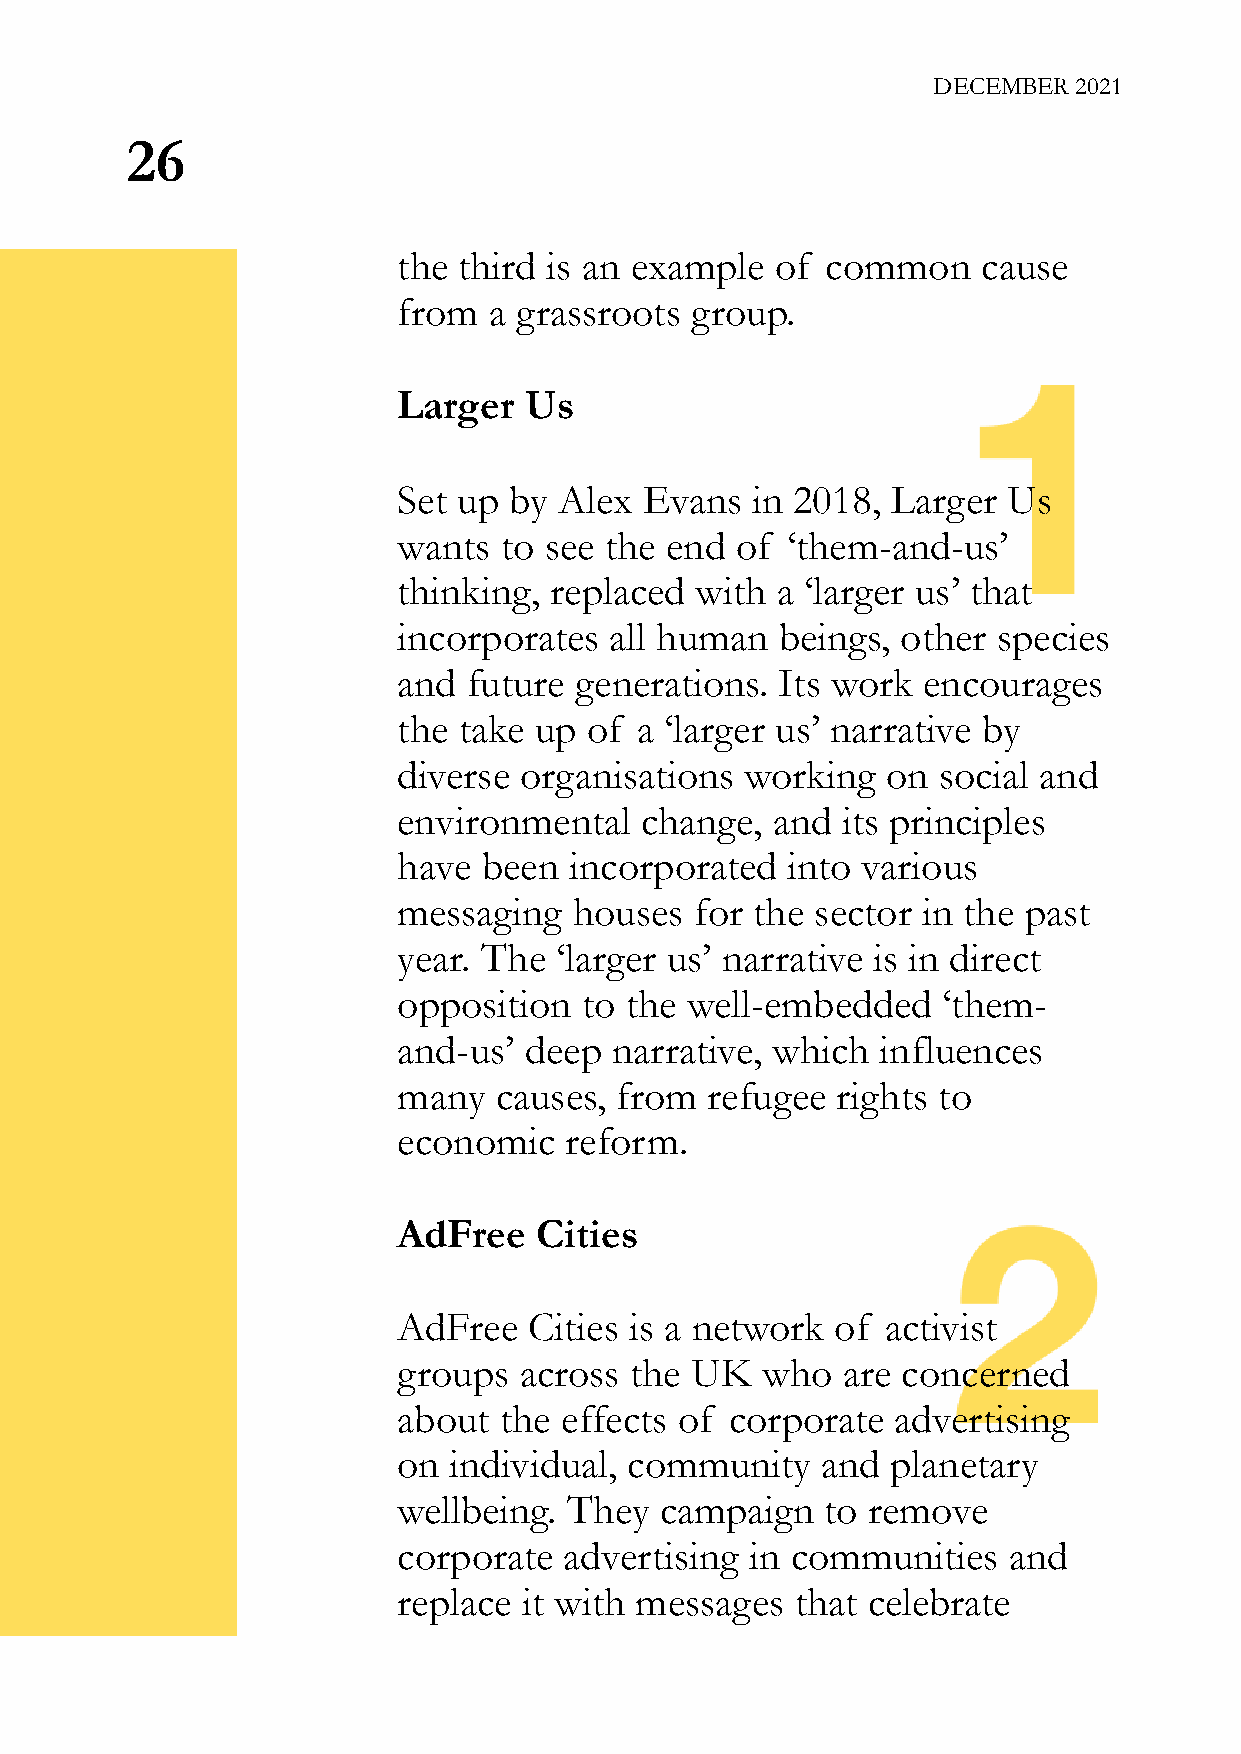
DECEMBER 2021
 26
 the third is an example  of  common    cause
 from  a grassroots  group.
 Larger   Us
 Set up  by Alex  Evans  in 2018, Larger  Us
 wants  to see the end  of ‘them-and-us’
 thinking, replaced  with a ‘larger us’ that
 incorporates  all human   beings, other species
 and  future generations.  Its work encourages
 the take up  of a ‘larger us’ narrative by
 diverse organisations  working   on social and
 environmental   change,  and  its principles
 have  been  incorporated  into various
 messaging   houses  for the sector in the past
 year. The  ‘larger us’ narrative is in direct
 opposition   to the well-embedded   ‘them-
 and-us’  deep  narrative, which influences
 many   causes, from  refugee rights to
 economic   reform.
 AdFree    Cities
 AdFree   Cities is a network of  activist
 groups  across  the UK  who   are concerned
 about  the effects of corporate  advertising
 on  individual, community   and  planetary
 wellbeing.  They  campaign   to remove
 corporate  advertising  in communities   and
 replace  it with messages  that celebrate